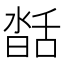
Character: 𦧥